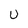
Character: U